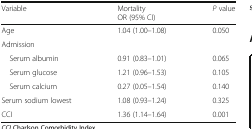
<table><thead><tr><td><b>Variable</b></td><td><b>MortalityOR (95% CI)</b></td><td><b><i>P</i> value</b></td></tr></thead><tbody><tr><td>Age</td><td>1.04 (1.00–1.08)</td><td>0.050</td></tr><tr><td colspan="3">Admission</td></tr><tr><td> Serum albumin</td><td>0.91 (0.83–1.01)</td><td>0.065</td></tr><tr><td> Serum glucose</td><td>1.21 (0.96–1.53)</td><td>0.105</td></tr><tr><td> Serum calcium</td><td>0.27 (0.05–1.54)</td><td>0.140</td></tr><tr><td>Serum sodium lowest</td><td>1.08 (0.93–1.24)</td><td>0.325</td></tr><tr><td>CCI</td><td>1.36 (1.14–1.64)</td><td>0.001</td></tr></tbody></table>